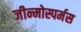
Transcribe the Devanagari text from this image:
जीन्मोस्पर्मस